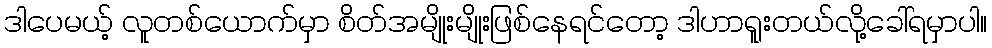
ဒါပေမယ့် လူတစ်ယောက်မှာ စိတ်အမျိုးမျိုးဖြစ်နေရင်တော့ ဒါဟာရူးတယ်လို့ခေါ်ရမှာပါ။